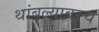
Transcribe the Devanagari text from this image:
थांबल्यावरच